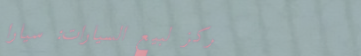
مركز لبيع السيارات: سيارا